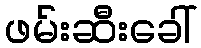
ဖမ်းဆီးခေါ်